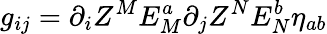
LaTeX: g_{ij}=\partial_{i}Z^{M}E_{M}^{a}\partial_{j}Z^{N}E_{N}^{b}\eta_{ab}